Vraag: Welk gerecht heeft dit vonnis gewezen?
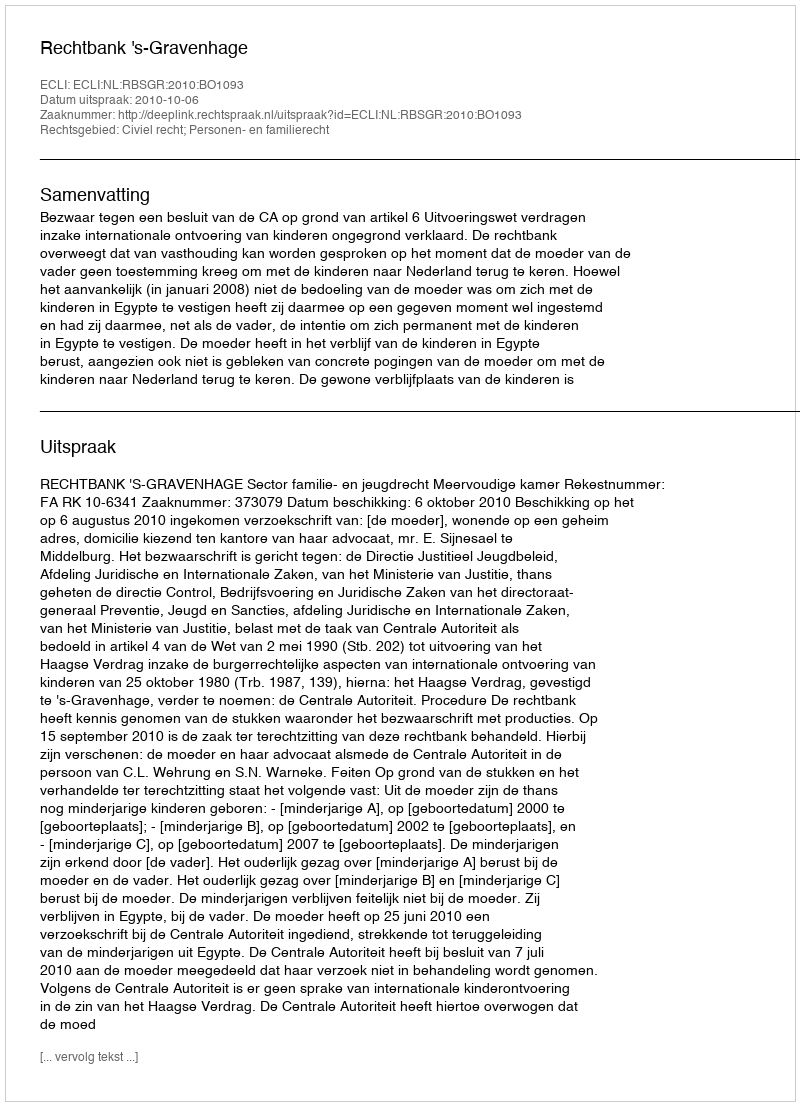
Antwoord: Rechtbank 's-Gravenhage